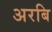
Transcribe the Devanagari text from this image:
अरबि